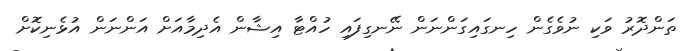
ތަންދޮރު ވަކި ނުވެގެން ހިނގައިގަންނަން ނޭނގިފައި ހުއްޓާ އިޝާން އެދިމާއަށް އަންނަން އުޅެނިކޮށް